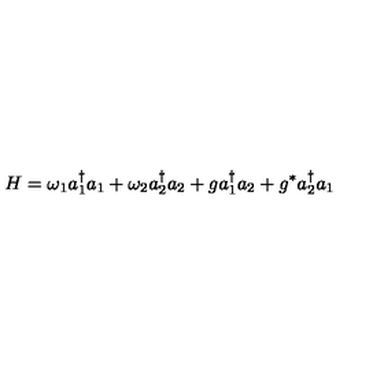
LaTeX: H = \omega _ { 1 } a _ { 1 } ^ { \dagger } a _ { 1 } + \omega _ { 2 } a _ { 2 } ^ { \dagger } a _ { 2 } + g a _ { 1 } ^ { \dagger } a _ { 2 } + g ^ { * } a _ { 2 } ^ { \dagger } a _ { 1 }